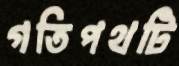
গতিপথটি